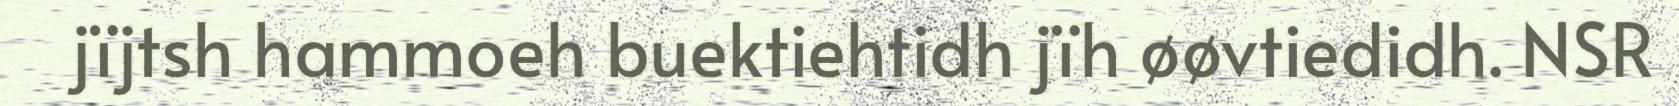
jïjtsh hammoeh buektiehtidh jïh øøvtiedidh. NSR